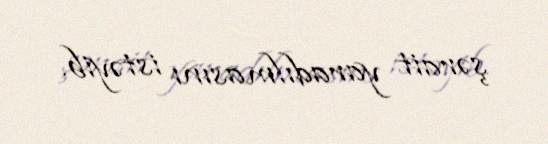
şərait yaradılmasını istəyib.